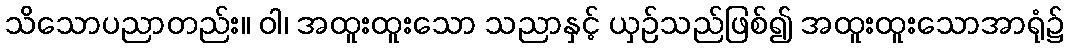
သိသောပညာတည်း။ ဝါ၊ အထူးထူးသော သညာနှင့် ယှဉ်သည်ဖြစ်၍ အထူးထူးသောအာရုံ၌